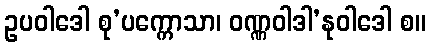
ဥပဝါဒေါ စု’ပက္ကောသာ၊ ဝဏ္ဏဝါဒါ’နုဝါဒေါ စ။